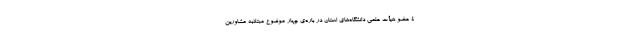
۴ عضو هیأت علمی دانشگاه‌های استان در باره‌ی چهار موضوع مبتلابه مشاورین